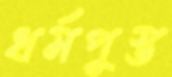
ধর্মপুস্ত